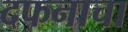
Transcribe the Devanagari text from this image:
दफनाचा